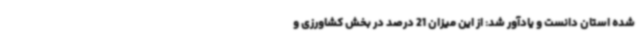
شده استان دانست و یادآور شد: از این میزان 21 درصد در بخش کشاورزی و